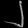
Digit: ၂